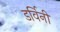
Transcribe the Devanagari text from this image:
डर्विनी